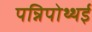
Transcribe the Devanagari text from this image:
पन्निपोथ्थई